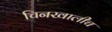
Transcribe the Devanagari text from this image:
चिनखालीच